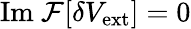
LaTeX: \mathrm{Im}~\mathcal{F}[\delta V_{\mathrm{ext}}]=0